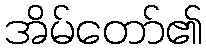
အိမ်တော်၏